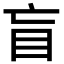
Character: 盲